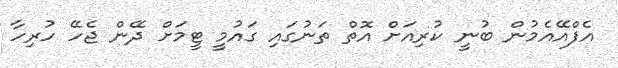
އެފްއޭއެމުން ބުނީ ކުރިއަށް އޮތް ތަނުގައި ގައުމީ ޓީމަށް ދޭން ޖެހޭ ހުރިހާ